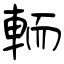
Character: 輀